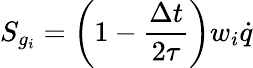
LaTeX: S_{g_{i}}=\left(1-\frac{\Delta t}{2\tau}\right)w_{i}\dot{q}